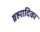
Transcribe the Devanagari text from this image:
ब्रह्मादिका